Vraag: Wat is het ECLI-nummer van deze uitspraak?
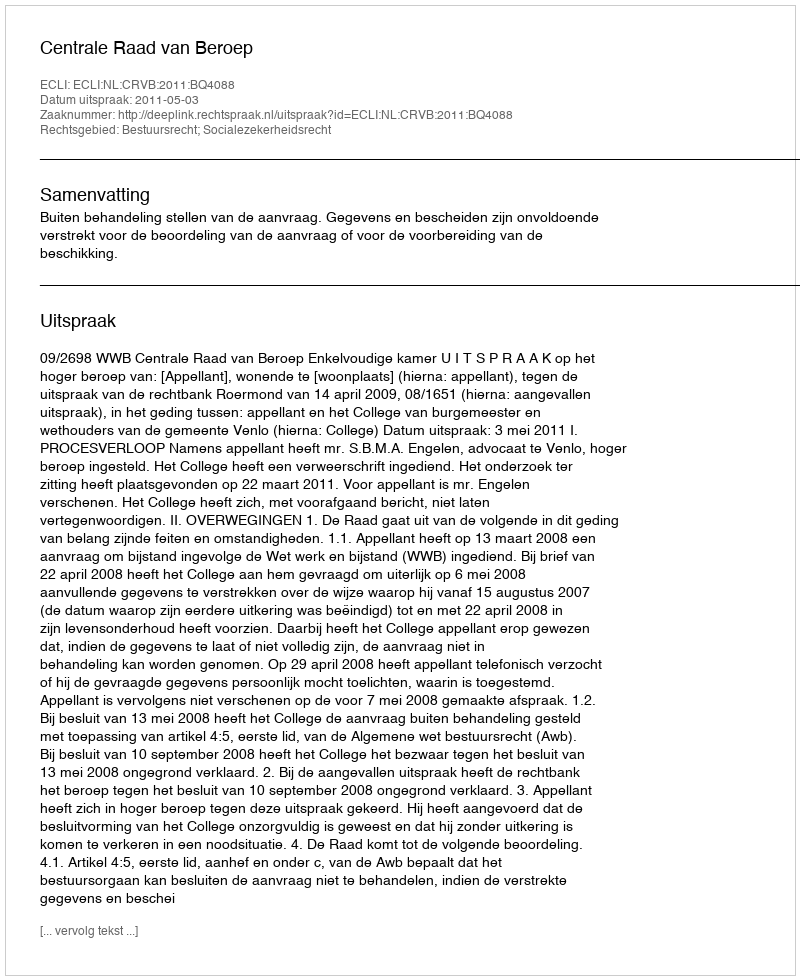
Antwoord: ECLI:NL:CRVB:2011:BQ4088